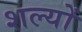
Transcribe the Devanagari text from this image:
शल्यों